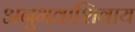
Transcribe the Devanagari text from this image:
अनुभवाशिवाय